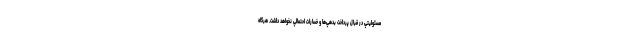
مسئوليتي در قبال پرداخت بدهي‌ها و خسارات احتمالي نخواهد داشت. هرگاه